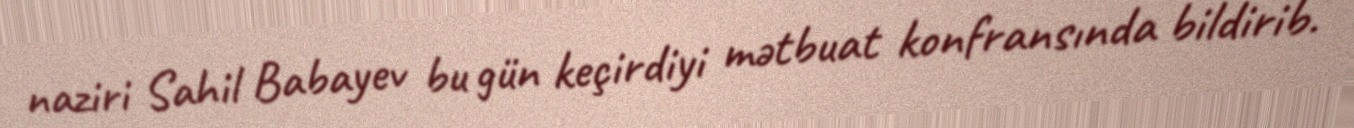
naziri Sahil Babayev bu gün keçirdiyi mətbuat konfransında bildirib.